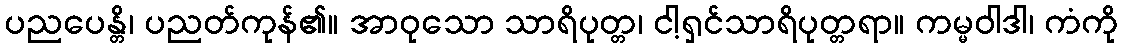
ပညပေန္တိ၊ ပညတ်ကုန်၏။ အာဝုသော သာရိပုတ္တ၊ ငါ့ရှင်သာရိပုတ္တရာ။ ကမ္မဝါဒါ၊ ကံကို